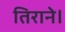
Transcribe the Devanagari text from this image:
तिराने।